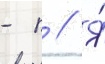
- п // Я́